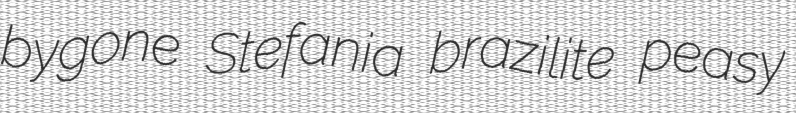
bygone Stefania brazilite peasy